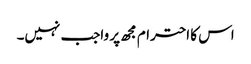
اس کا احترام مجھ پر واجب نہیں۔